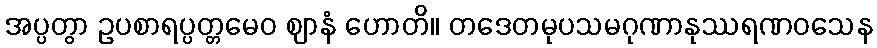
အပ္ပတွာ ဥပစာရပ္ပတ္တမေဝ ဈာနံ ဟောတိ။ တဒေတမုပသမဂုဏာနုဿရဏဝသေန